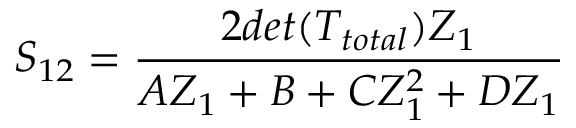
S _ { 1 2 } = \frac { 2 d e t ( T _ { t o t a l } ) Z _ { 1 } } { A Z _ { 1 } + B + C Z _ { 1 } ^ { 2 } + D Z _ { 1 } }